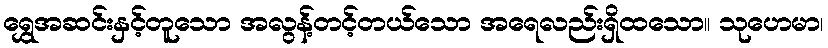
ရွှေအဆင်းနှင့်တူသော အလွန့်တင့်တယ်သော အရေလည်းရှိထသော။ သုဟေမာ၊